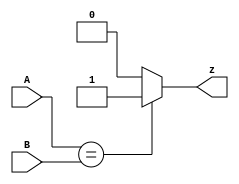
module top_module ( input [1:0] A, input [1:0] B, output reg z ); 

    always@*
        begin
            if (A==B)
                z=1'b1;
            else
                z=1'b0;
        end
    
endmodule
module top_module(
	input [1:0] A,
	input [1:0] B,
	output z);

	assign z = (A[1:0]==B[1:0]);	// Comparisons produce a 1 or 0 result.
	
	// Another option is to use a 16-entry truth table ( {A,B} is 4 bits, with 16 combinations ).
	// There are 4 rows with a 1 result.  0000, 0101, 1010, and 1111.

endmodule